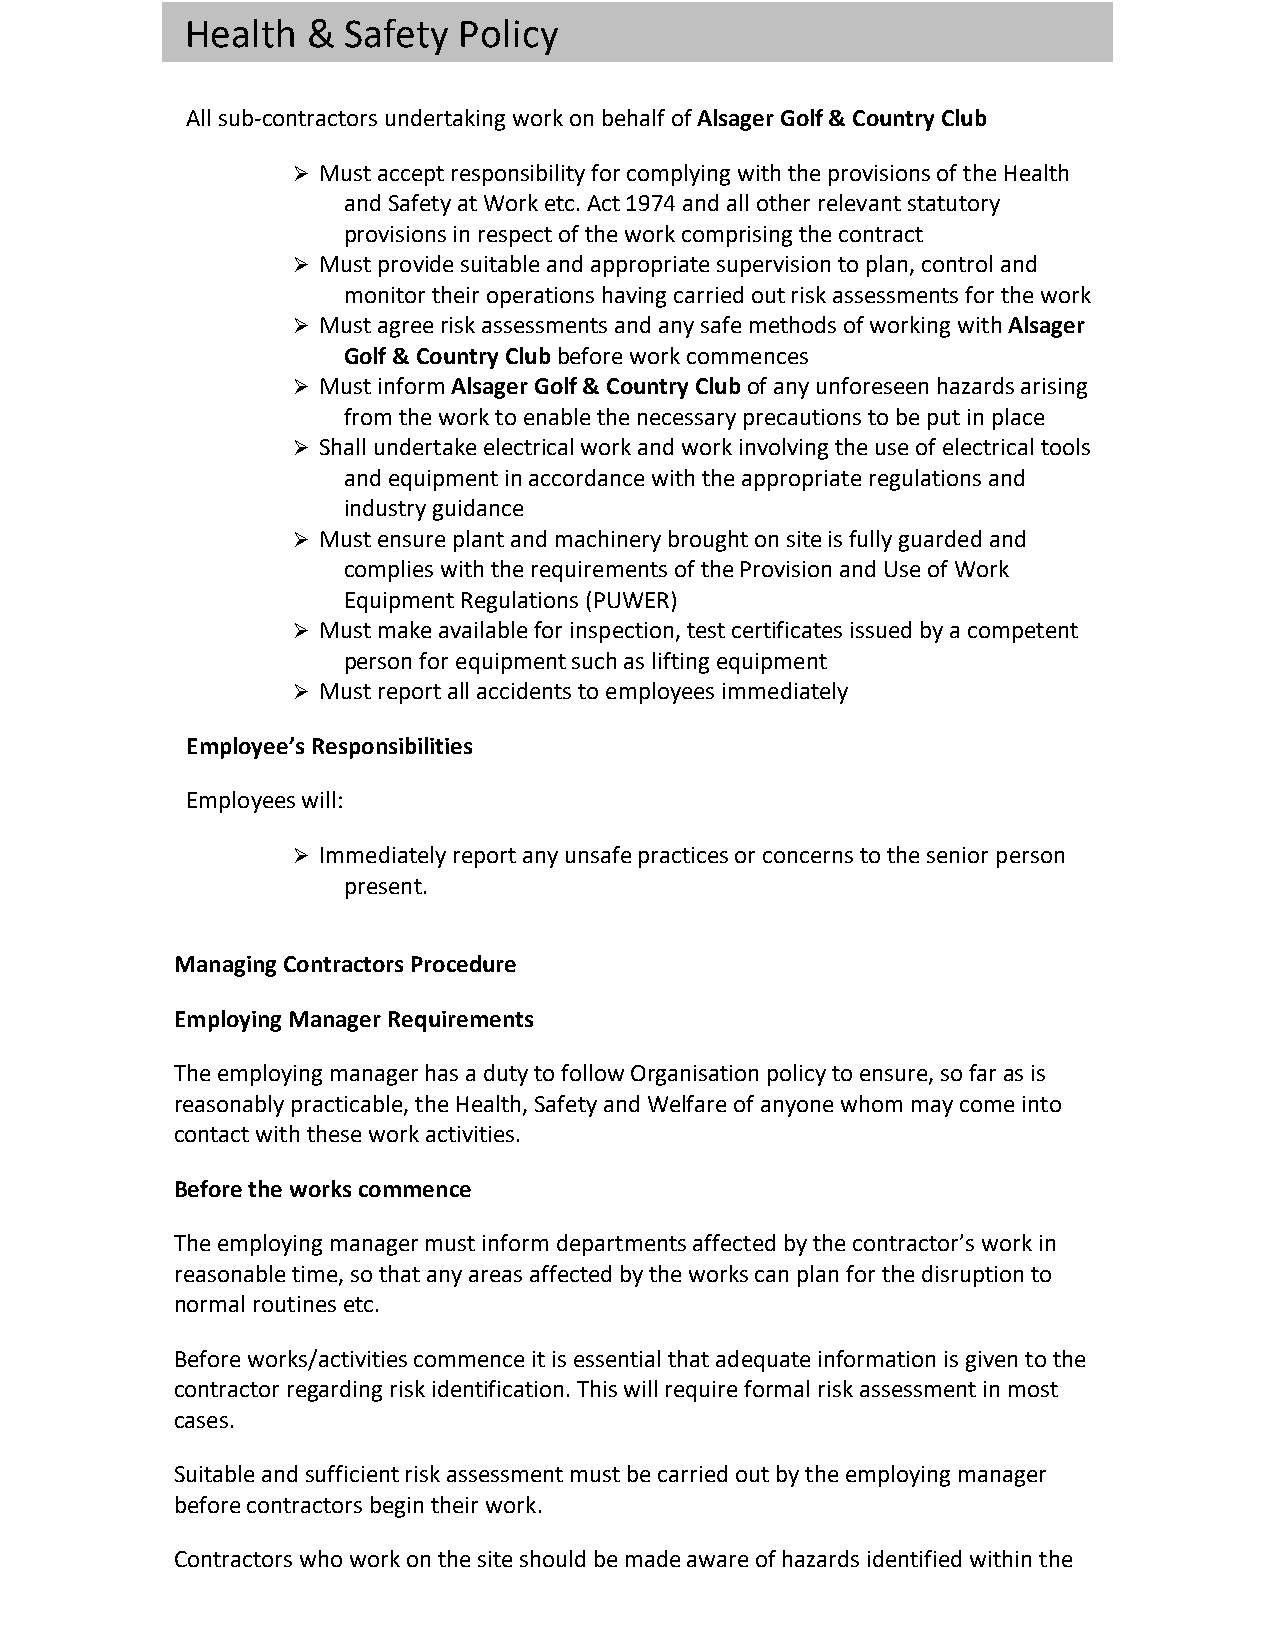
Health  &  Safety Policy
 All sub-contractors undertaking work on behalf of Alsager Golf & Country Club
 Ø Must accept responsibility for complying with the provisions of the Health
 and Safety at Work etc. Act 1974 and all other relevant statutory
 provisions in respect of the work comprising the contract
 Ø Must provide suitable and appropriate supervision to plan, control and
 monitor their operations having carried out risk assessments for the work
 Ø Must agree risk assessments and any safe methods of working with Alsager
 Golf & Country Club before work commences
 Ø Must inform Alsager Golf & Country Club of any unforeseen hazards arising
 from the work to enable the necessary precautions to be put in place
 Ø Shall undertake electrical work and work involving the use of electrical tools
 and equipment in accordance with the appropriate regulations and
 industry guidance
 Ø Must ensure plant and machinery brought on site is fully guarded and
 complies with the requirements of the Provision and Use of Work
 Equipment Regulations (PUWER)
 Ø Must make available for inspection, test certificates issued by a competent
 person for equipment such as lifting equipment
 Ø Must report all accidents to employees immediately
 Employee’s Responsibilities
 Employees will:
 Ø Immediately report any unsafe practices or concerns to the senior person
 present.
 Managing Contractors Procedure
 Employing Manager Requirements
 The employing manager has a duty to follow Organisation policy to ensure, so far as is
 reasonably practicable, the Health, Safety and Welfare of anyone whom may come into
 contact with these work activities.
 Before the works commence
 The employing manager must inform departments affected by the contractor’s work in
 reasonable time, so that any areas affected by the works can plan for the disruption to
 normal routines etc.
 Before works/activities commence it is essential that adequate information is given to the
 contractor regarding risk identification. This will require formal risk assessment in most
 cases.
 Suitable and sufficient risk assessment must be carried out by the employing manager
 before contractors begin their work.
 Contractors who work on the site should be made aware of hazards identified within the